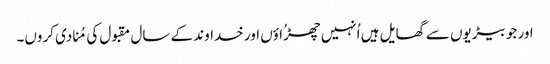
اور جو بیڑیوں سے گھایل ہیں اُنہیں چھڑُاؤں اور خداوند کے سال مقبول کی مُنادی کروں۔